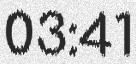
03:41